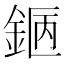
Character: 𨧇